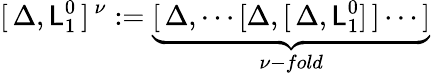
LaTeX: [\, \Delta,\mathsf{L}_{1}^{0}\, ]^{\, \nu}:=\underbrace{{[\, \Delta,\cdots[\Delta,[\, \Delta,\mathsf{L}_{1}^{0}]\, ]\cdots\, ]}}_{\nu-fold}